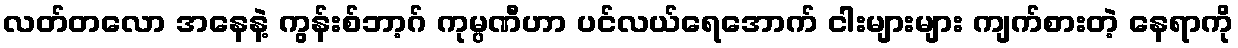
လတ်တလော အနေနဲ့ ကွန်းစ်ဘာ့ဂ် ကုမ္ပဏီဟာ ပင်လယ်ရေအောက် ငါးများများ ကျက်စားတဲ့ နေရာကို